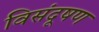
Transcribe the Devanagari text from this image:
विसंदूषण